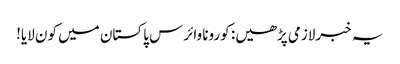
یہ خبرلازمی پڑھیں: کورونا وائرس پاکستان میں کون لایا!